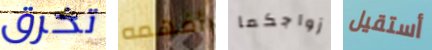
تخرق أفهمه زواجكما أستقيل